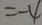
= - 4